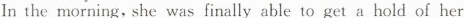
In the morning, she was finally able to get a hold of her